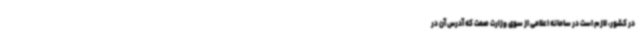
در کشور، لازم است در سامانه اعلامی از سوی وزارت صمت که آدرس آن در